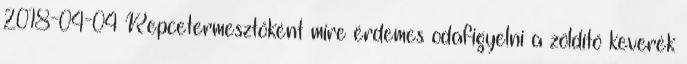
2018-04-04 Repcetermesztőként mire érdemes odafigyelni a zöldítő keverék